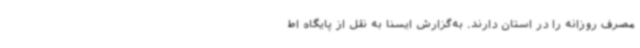
مصرف روزانه را در استان دارند. به‌گزارش ایسنا به نقل از پایگاه اط